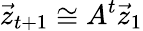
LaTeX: \vec{z}_{t+1}\cong A^{t}\vec{z}_{1}